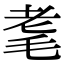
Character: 耄